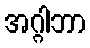
အဂ္ဂါဘာ